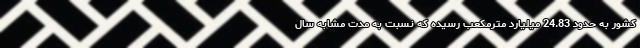
کشور به حدود 24.83 میلیارد مترمکعب رسیده که نسبت به مدت مشابه سال